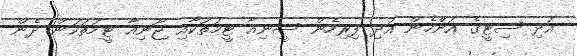
އަދި ސިޓީގެ އަންްހެން އަދި ފިރިހެން ސީނިއާ ޓީމުތަކާއި ޖޫނިއާ ޓީމުތަކުން ދެން